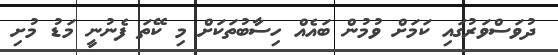
ދުވަސްވަރުގައި ކަމަށް ވުމުން ބައެއް ހިސާބުތަކަށް މި ކޭތަ ފެނުނީ މަޑު މުށި